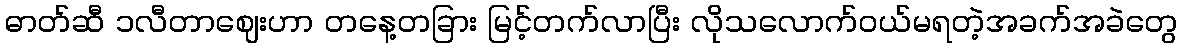
ဓာတ်ဆီ ၁လီတာဈေးဟာ တနေ့တခြား မြင့်တက်လာပြီး လိုသလောက်ဝယ်မရတဲ့အခက်အခဲတွေ